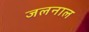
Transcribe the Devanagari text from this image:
जलनाल